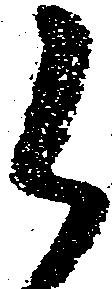
候